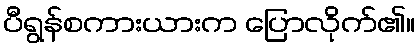
ပီရွန်စကားယားက ပြောလိုက်၏။